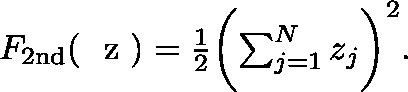
\begin{array} { r } { F _ { \mathrm { 2 n d } } ( \mathrm { ~ \boldmath ~ z ~ } ) = \frac { 1 } { 2 } \biggl ( \sum _ { j = 1 } ^ { N } z _ { j } \biggr ) ^ { 2 } . } \end{array}